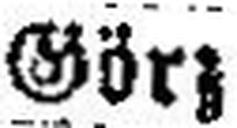
Görz